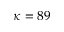
\kappa = 8 9